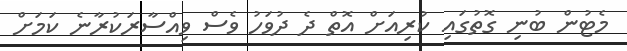
މެޓުން ބުނި ގޮތުގައި ކުރިއަށް އޮތް ދެ ދުވަހު ވެސް ވިއްސާރަކުރާނެ ކަމަށް